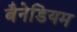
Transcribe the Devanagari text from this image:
बैनेडियम